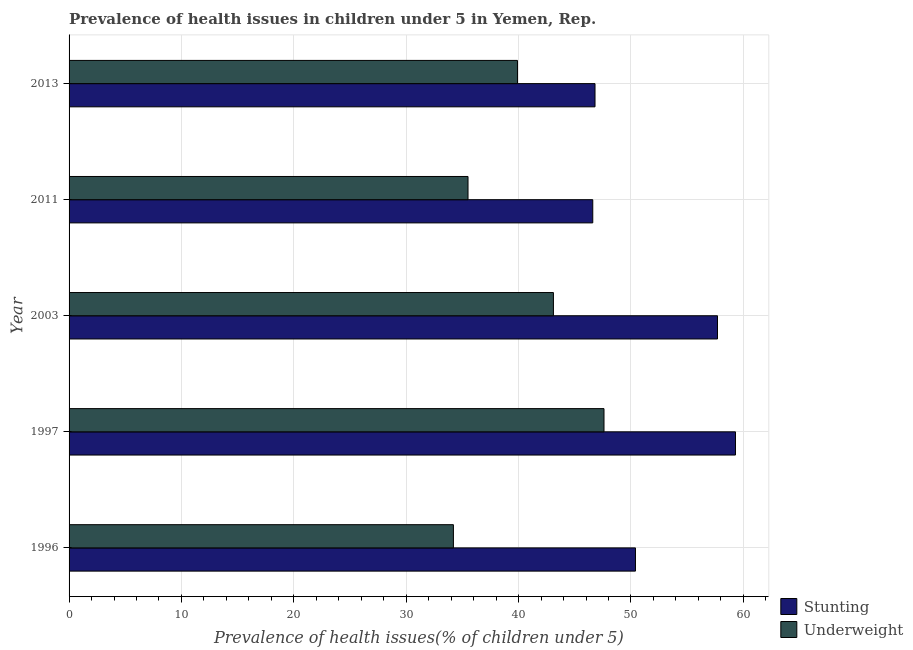
| Year | Stunting | Underweight |
 | --- | --- | --- |
 | 1996 | 50.4 | 34.2 |
 | 1997 | 59.3 | 47.6 |
 | 2003 | 57.7 | 43.1 |
 | 2011 | 46.6 | 35.5 |
 | 2013 | 46.8 | 39.9 |